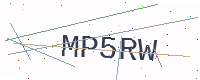
Text: MP5RW